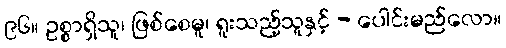
၉၆။ ဥစ္စာရှိသူ၊ ဖြစ်စေမူ၊ ရူးသည့်သူနှင့် - ပေါင်းမည်လော။